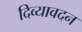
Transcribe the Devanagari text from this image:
दिव्‍यावदन